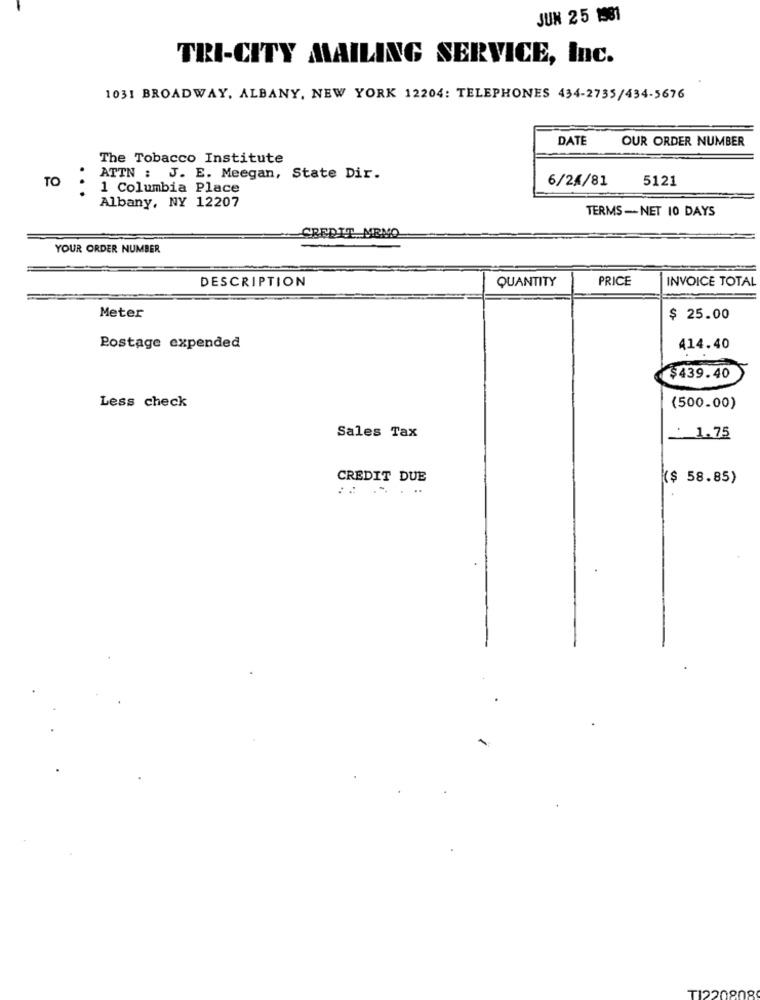
JUN 25 1581
TRI-CITY MAILING SERVICE, Inc.
1031 BROADWAY, ALBANY, NEW YORK 12204: TELEPHONES 434-2735/434-5676
DATE
OUR ORDER NUMBER
The Tobacco Institute
TO
ATTN : J. E. Meegan, State Dir.
6/24/81
5121
1 Columbia Place
Albany, NY 12207
TERMS-NET 10 DAYS
CREDIT MEMO
YOUR ORDER NUMBER
DESCRIPTION
QUANTITY
PRICE
INVOICE TOTAL
Meter
$ 25.00
Postage expended
414.40
$439.40
Less check
(500.00)
Sales Tax
1.75
CREDIT DUE
($ 58.85)
T1220808